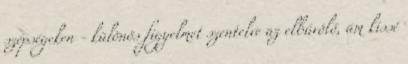
szépségeken - különös figyelmet szentelve az elbűvölő, ám kissé